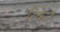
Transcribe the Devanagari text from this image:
रिकेर्ट